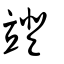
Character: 竳